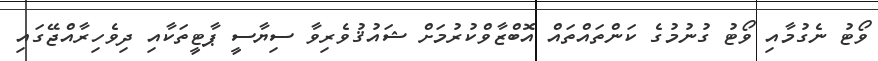
ވޯޓު ނެގުމާއި ވޯޓު ގުނުމުގެ ކަންތައްތައް އޮބްޒާވްކުރުމަށް ޝައުޤުވެރިވާ ސިޔާސީ ޕާޓީތަކާއި ދިވެހިރާއްޖޭގައި